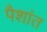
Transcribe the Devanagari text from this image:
पैशांत